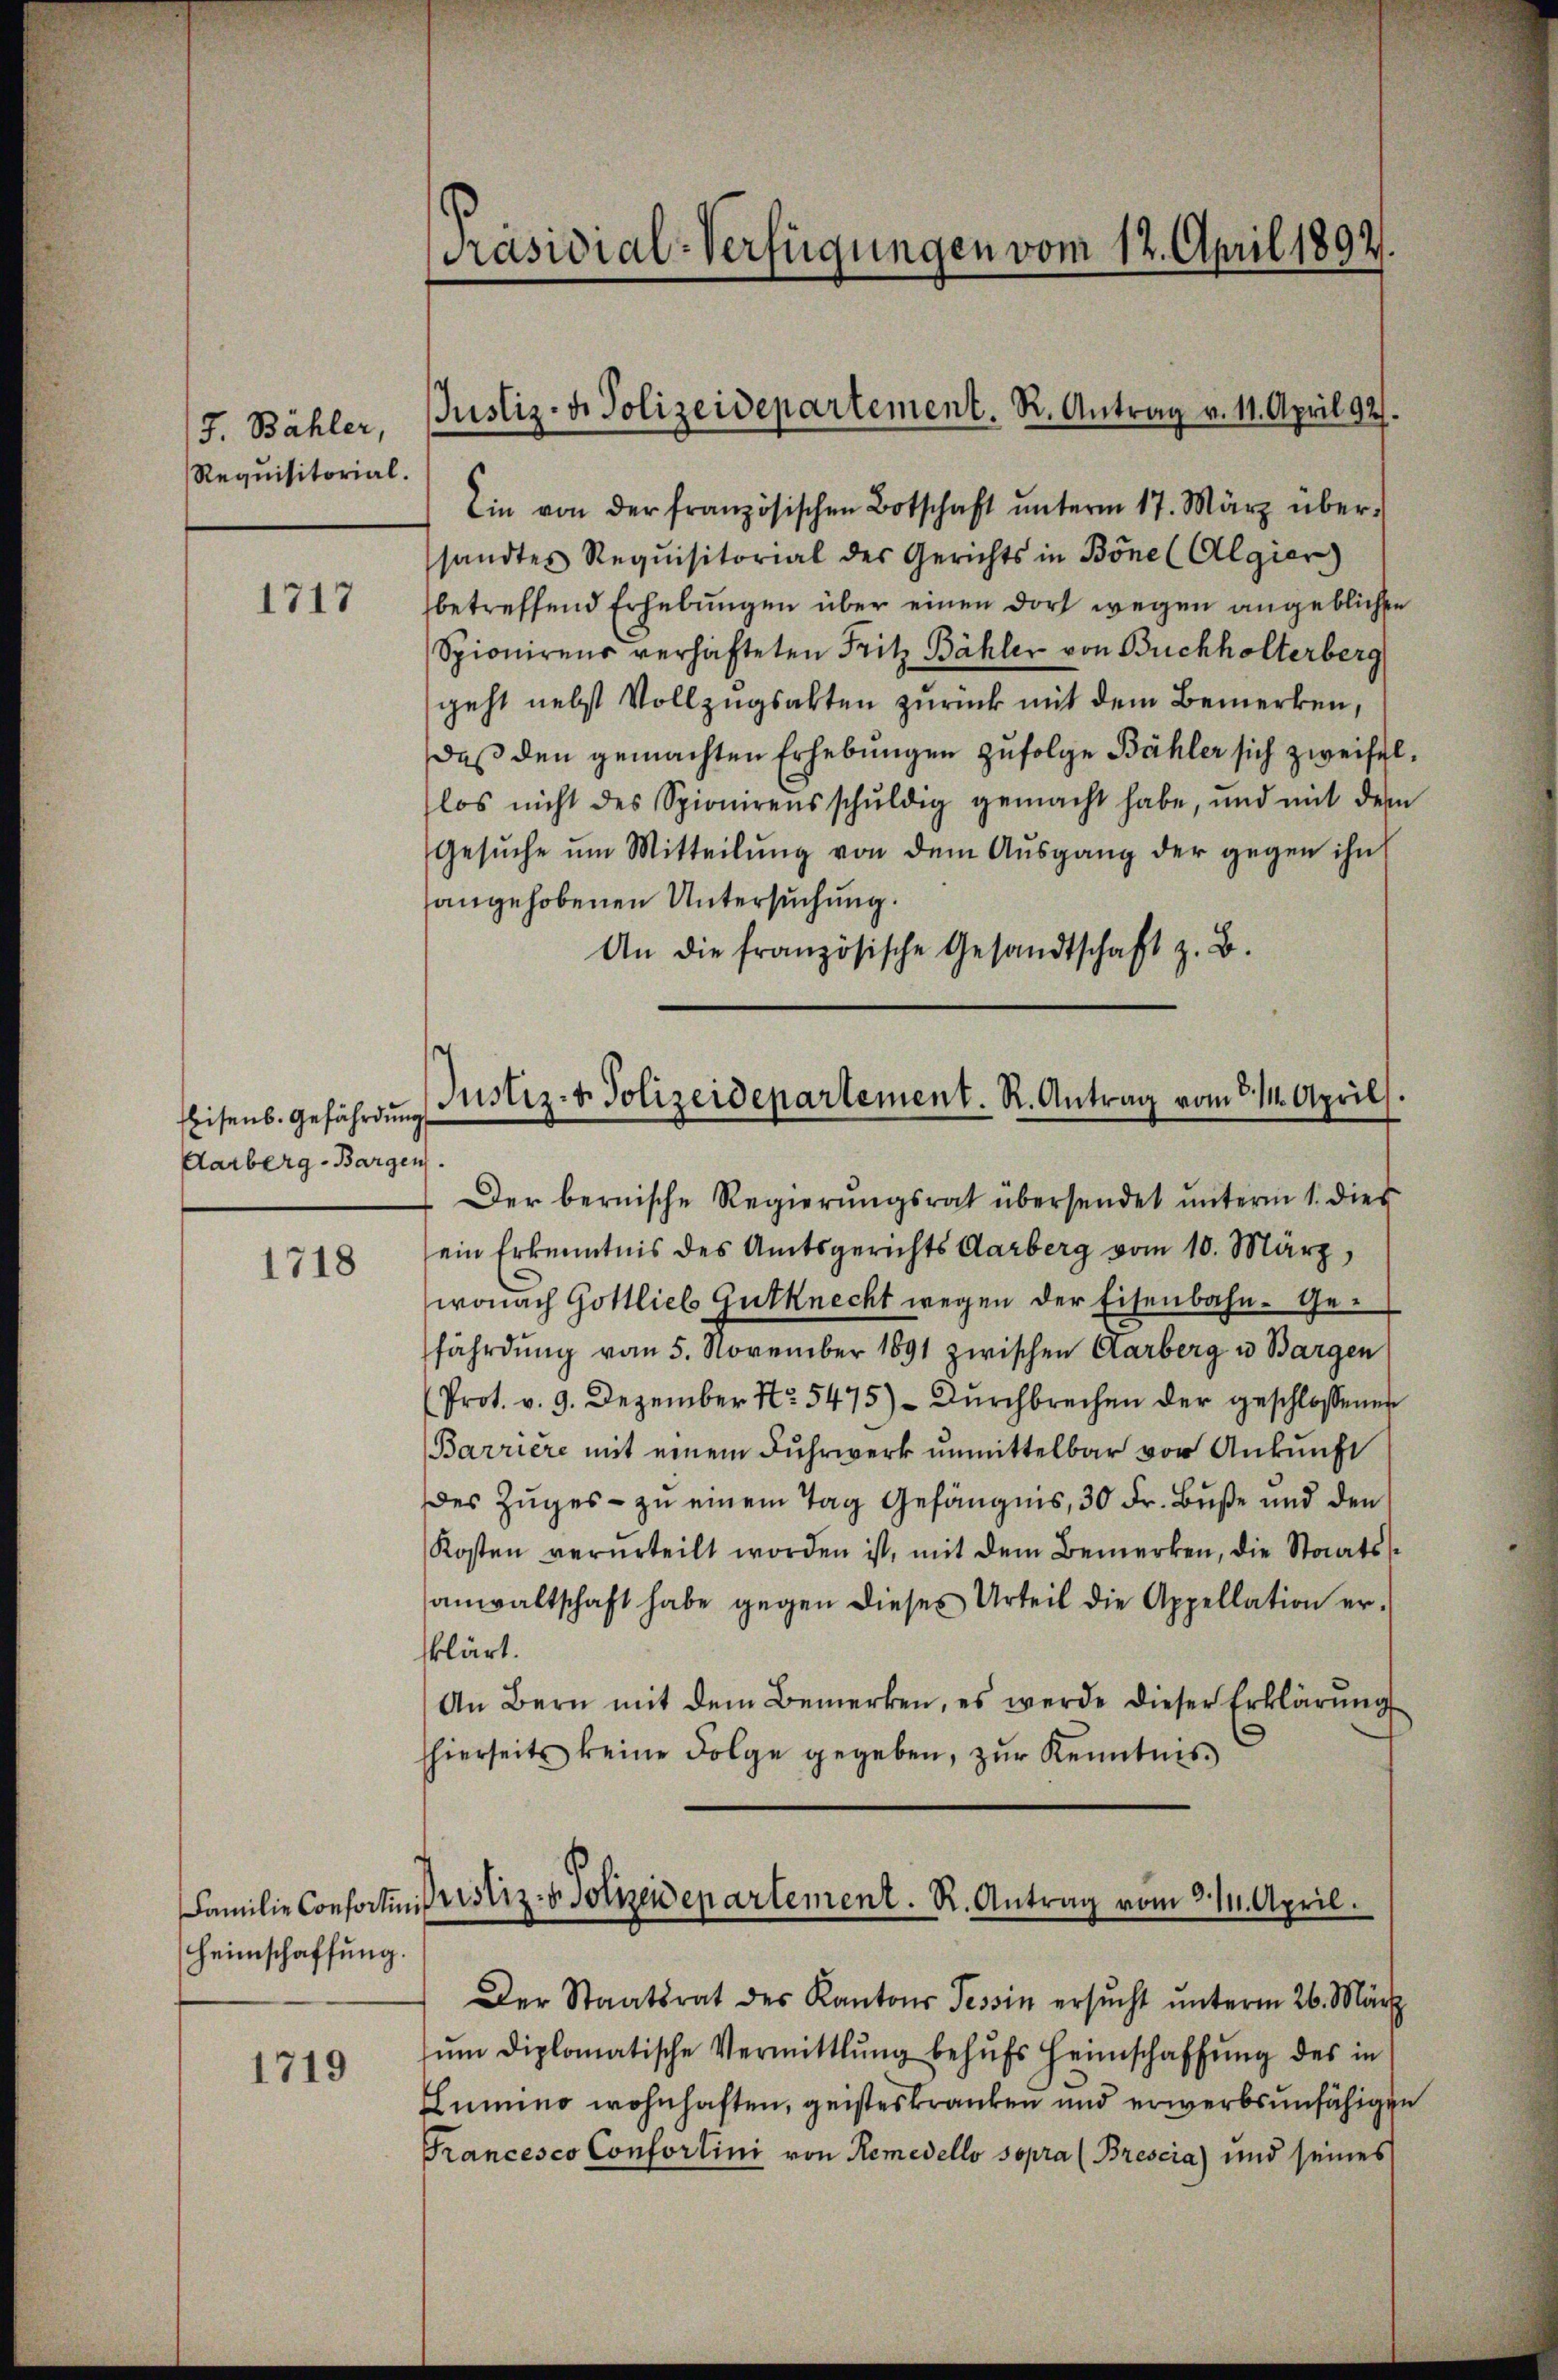
J. Bähler,
Requisitorial.

1717

Eisenb. Gefährdung
Aarberg-Bargen.

1718

(Heimschaffung.

1719

Präsidial-Verfügungen vom 12. April 1892.

Justiz- u. Polizeidepartement. R. Antrag v. 11. April 92.

Ein von der französischen Botschaft ŭnterm 17. März über-
sandtes Requisitorial des Gerichts in Bone (Algier
betreffend Erhebungen über einen dort wegen angeblichen
Spionirens verhafteten Fritz Bähler von Buchholterberg
geht nebst Vollzugsakten zurück mit dem Bemerken,
daß den gemachten Erhebungen zufolge Bähler sich zweifellos nicht des Spionirens schŭldig gemacht habe, und mit dem
Gesŭche ŭm Mitteilŭng von dem Aŭsgang der gegen ihn
angehobenen Untersuchung.
An die französische Gesandtschaft z. B.

Justiz- & Polizeidepartement. R. Antrag vom 14. April

Familie Confertini fristiz- & Polizeidepartement. R. Antrag vom 31. April.

Der bernische Regierŭngsrat übersendet ŭnterm 1. dies
ein Erkenntnis des Amtsgerichts Aarberg vom 10. März,
wonach Gottlieb Gutknecht wegen der Eisenbahn- Gefährdung vom 5. November 1891 zwischen Clarberg u Bargen
(Prot. v. 9. Dezember Nr. 5475) – Durchbrechen der geschlossenen
Barriere mit einem Fuhrwerk unmittelbar vor Ankunft
des Zuges - zu einem Tag Gefängnis, 30 Fr. Buße und den
Kosten verurteilt worden ist, mit dem Bemerken, die Staatsanwaltschaft habe gegen dieses Urteil die Appellation er-
klärt.
An Bern mit dem Bemerken, es werde dieser Erklärŭng
hierseits keine Folge gegeben, zur Kenntnis

Der Staatsrat des Kantons Tessin ersŭcht ŭnterm 26. März
ŭm diplomatische Vermittlung behŭfs Heimschaffŭng des in
Lumino wohnhaften, geisteskranken und erwerbsunfähigen
Francesco Confortini von Remedello sopra (Brescia) und seines